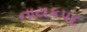
નાયકપદ